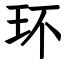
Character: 环